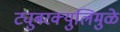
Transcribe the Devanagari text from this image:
ट्युबरक्युलिमुळे